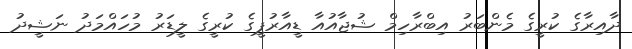
ދާއިރާގެ ކުރީގެ މެންބަރު އިބްރާހިމް ޝުޖާއުއާ ޑީއާރުޕީގެ ކުރީގެ ލީޑަރު މުހައްމަދު ނަޝީދު